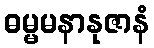
ဓမ္မမနာနုဇာနံ